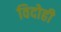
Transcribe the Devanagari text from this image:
विदोही